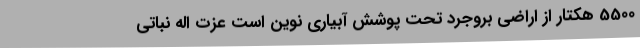
5500 هکتار از اراضی بروجرد تحت پوشش آبیاری نوین است عزت اله نباتی